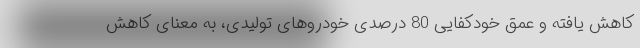
کاهش یافته و عمق خودکفایی 80 درصدی خودروهای تولیدی، به معنای کاهش